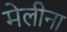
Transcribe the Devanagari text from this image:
मेलीना